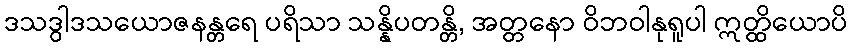
ဒသဒွါဒသယောဇနန္တရေ ပရိသာ သန္နိပတန္တိ, အတ္တနော ဝိဘဝါနုရူပါ ဣတ္ထိယောပိ